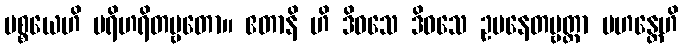
ပစ္စယေဟိ ပရိဟရိတဗ္ဗတော။ ဧတာနိ ဟိ ဒိဝသေ ဒိဝသေ ဥပနေတဗ္ဗတ္တာ မဟန္တေဟိ